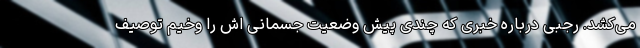
می‌کشد. رجبی درباره خبری که چندی پیش وضعیت جسمانی اش را وخیم توصیف